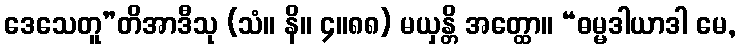
ဒေသေတူ”တိအာဒီသု (သံ။ နိ။ ၄။၈၈) မယှန္တိ အတ္ထော။ “ဓမ္မဒါယာဒါ မေ,